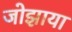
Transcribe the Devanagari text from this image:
जोझाया